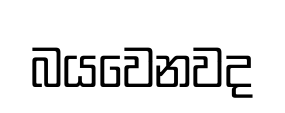
බයවෙනවද